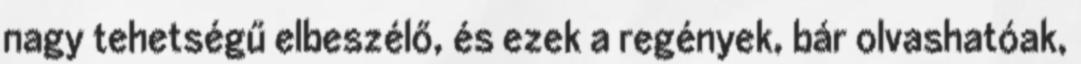
nagy tehetségű elbeszélő, és ezek a regények, bár olvashatóak,